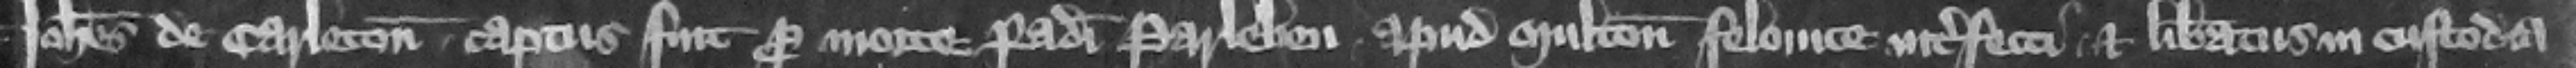
Iohannes de Carleton captus fuit pro morte Radulphi Parleben apud Multon felonice interfecti et liberatus in custodia